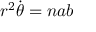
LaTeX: r ^ { 2 } { \dot { \theta } } = n a b